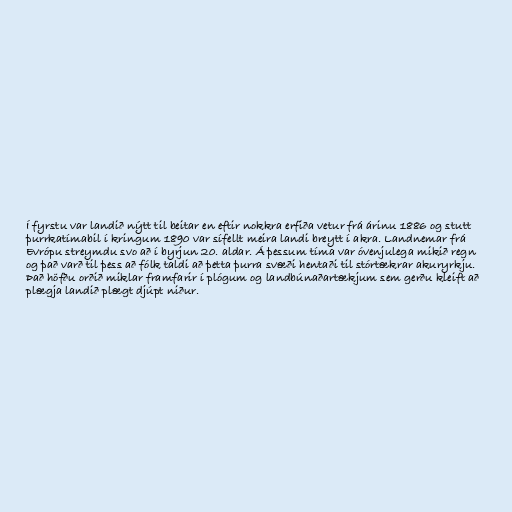
Í fyrstu var landið nýtt til beitar en eftir nokkra erfiða vetur frá árinu 1886 og stutt
þurrkatímabil í kringum 1890 var sífellt meira landi breytt í akra. Landnemar frá
Evrópu streymdu svo að í byrjun 20. aldar. Á þessum tíma var óvenjulega mikið regn
og það varð til þess að fólk taldi að þetta þurra svæði hentaði til stórtækrar akuryrkju.
Það höfðu orðið miklar framfarir í plógum og landbúnaðartækjum sem gerðu kleift að
plægja landið plægt djúpt niður.